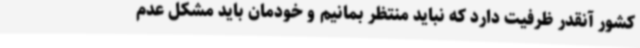
کشور آنقدر ظرفیت دارد که نباید منتظر بمانیم و خودمان باید مشکل عدم